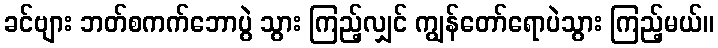
ခင်ဗျား ဘတ်စကက်ဘောပွဲ သွား ကြည့်လျှင် ကျွန်တော်ရောပဲသွား ကြည့်မယ်။